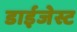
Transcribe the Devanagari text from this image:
डाईजेस्ट